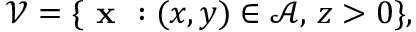
\mathcal { V } = \{ \textbf { x } : ( x , y ) \in \mathcal { A } , \, z > 0 \} ,